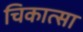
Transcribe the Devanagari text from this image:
चिकात्सा